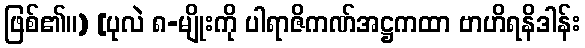
ဖြစ်၏။) [ပုလဲ ၈-မျိုးကို ပါရာဇိကဏ်အဋ္ဌကထာ ဗာဟိရနိဒါန်း